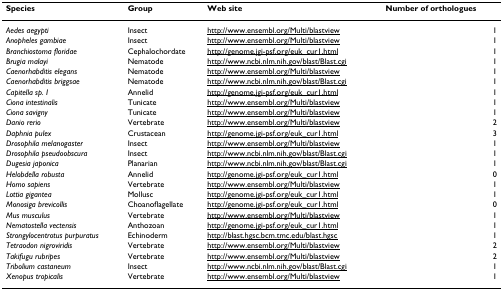
| Species | Group | Web site | Number of orthologues |
 | --- | --- | --- | --- |
 | Aedes aegypti | Insect | http://www.ensembl.org/Multi/blastview | 1 |
 | Anopheles gambiae | Insect | http://www.ensembl.org/Multi/blastview | 1 |
 | Branchiostoma floridae | Cephalochordate | http://genome.jgi-psf.org/euk_cur1.html | 1 |
 | Brugia malayi | Nematode | http://www.ncbi.nlm.nih.gov/blast/Blast.cgi | 1 |
 | Caenorhabditis elegans | Nematode | http://www.ensembl.org/Multi/blastview | 1 |
 | Caenorhabditis briggsae | Nematode | http://www.ncbi.nlm.nih.gov/blast/Blast.cgi | 1 |
 | Capitella sp. I | Annelid | http://genome.jgi-psf.org/euk_cur1.html | 1 |
 | Ciona intestinalis | Tunicate | http://www.ensembl.org/Multi/blastview | 1 |
 | Ciona savigny | Tunicate | http://www.ensembl.org/Multi/blastview | 1 |
 | Danio rerio | Vertebrate | http://www.ensembl.org/Multi/blastview | 2 |
 | Daphnia pulex | Crustacean | http://genome.jgi-psf.org/euk_cur1.html | 3 |
 | Drosophila melanogaster | Insect | http://www.ensembl.org/Multi/blastview | 1 |
 | Drosophila pseudoobscura | Insect | http://www.ncbi.nlm.nih.gov/blast/Blast.cgi | 1 |
 | Dugesia japonica | Planarian | http://www.ncbi.nlm.nih.gov/blast/Blast.cgi | 1 |
 | Helobdella robusta | Annelid | http://genome.jgi-psf.org/euk_cur1.html | 0 |
 | Homo sapiens | Vertebrate | http://www.ensembl.org/Multi/blastview | 1 |
 | Lottia gigantea | Mollusc | http://genome.jgi-psf.org/euk_cur1.html | 1 |
 | Monosiga brevicollis | Choanoflagellate | http://genome.jgi-psf.org/euk_cur1.html | 0 |
 | Mus musculus | Vertebrate | http://www.ensembl.org/Multi/blastview | 1 |
 | Nematostella vectensis | Anthozoan | http://genome.jgi-psf.org/euk_cur1.html | 1 |
 | Strongylocentrotus purpuratus | Echinoderm | http://blast.hgsc.bcm.tmc.edu/blast.hgsc | 1 |
 | Tetraodon nigroviridis | Vertebrate | http://www.ensembl.org/Multi/blastview | 2 |
 | Takifugu rubripes | Vertebrate | http://www.ensembl.org/Multi/blastview | 2 |
 | Tribolium castaneum | Insect | http://www.ncbi.nlm.nih.gov/blast/Blast.cgi | 1 |
 | Xenopus tropicalis | Vertebrate | http://www.ensembl.org/Multi/blastview | 1 |